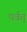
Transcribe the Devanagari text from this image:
पर्वत्